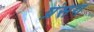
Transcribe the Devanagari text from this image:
प्रंसग